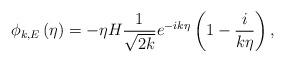
LaTeX: \begin{align*}\phi _{k,E}\left( \eta \right) =-\eta H\frac{1}{\sqrt{2k}}e^{-ik\eta }\left(1-\frac{i}{k\eta }\right) ,\end{align*}